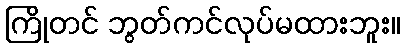
ကြိုတင် ဘွတ်ကင်လုပ်မထားဘူး။